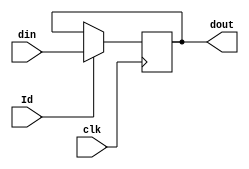
/*
  * Simulation of a multiplier using data path and controller.
  * Simulated By :- Satyam Kumar <satyamkumar4@acm.org>
  * Repo :- verilog [MIT LICENSE]
*/

module PIP01 (dout, din, clk, Id);
	input [15:0] din;
	input clk, Id;
	output reg[15:0] dout;
	always @(posedge clk)
		if(Id)
			dout <= din;
endmodule
module PIP02 (dout, din, Id, clr, clk);
	input [15:0] din;
        input clk, Id, clr;
        output reg[15:0] dout;
        always @(posedge clk)
                if(Id)
                        dout <= din;
		else if(clr)
			dout <= 16'b0;
endmodule
module ADD(out, in1, in2);
	input [15:0] in1, in2;
	output reg [15:0] out;
	always @(*)
		out = in1 + in2;
endmodule
module EQZ(eqz, data);
	input [15:0] data;
	output eqz;
	assign eqz= ( data==0 );
endmodule
module CNTR (dout, din, Id, dec, clk);
	input [15:0] din;
	input Id, clk, dec;
	output reg [15:0] dout;
	always @(posedge clk)
		if(Id)
			dout <= din - 1;
		else if(dec)
			dout <= dout-1;
endmodule
module controller (lda, ldb, ldp, clrp, decb, done, clk, eqz, start);
	input  clk, eqz, start;
	output reg lda, ldb, ldp, clrp, decb, done;
	reg [2:0] state;
	parameter s0 = 3'b000, s1 = 3'b001, s2 = 3'b010, s3 = 3'b011, s4 = 3'b100;
	always @(posedge clk)
	begin
		case(state)
			s0: if(start) state <= s1;
			s1: state <= s2;
			s2: state <= s3;
			s3: #2 if(eqz) state <= s4;
			s4: state <= s4;
			default: state <= s0;
		endcase
	end

	always @(state)
	begin
		case(state)
			s0: begin #1 lda =0; ldb = 0; ldp = 0; clrp =0; decb =0; done = 0; end
			s1: begin #1 lda =1;end
			s2: begin #1 lda =0; ldb = 1; clrp = 1; end
			s3: begin #1 ldb=0; ldp =1; clrp= 0; decb=1; end
			s4: begin #1 done =1; ldb =0; ldp = 0; decb =0; end
			default: begin #1 lda = 0; ldb = 0; ldp = 0; clrp = 0; decb = 0; end
		endcase
	end
endmodule

module mul_data(eqz, lda, ldb, ldp, clrp, decb, data_in, clk);
	input lda, ldb, ldp, clrp, decb, clk;
	input [15:0] data_in;
	output eqz;
	wire [15:0] x, y, z, bout, bus;
	assign bus = data_in;
	//assign x  = data_in;

	PIP01 A(x, bus, lda, clk);
	PIP02 P(y, z, ldp, clrp, clk);
	CNTR B(bout, bus, ldb, decb, clk);
	ADD AD(z, x, y);
	EQZ COMP(eqz, bout);
endmodule

module mul_test;
	reg [15:0] data_in;
	reg clk, start;
	wire done;

	mul_data dp(eqz, lda, ldb, ldp, clrp, decb, data_in, clk);
	controller con(lda, ldb, ldp, clrp, decb, done, clk, eqz, start);
	initial
	begin
		clk = 1'b0;
		#3 start = 1'b1;
		#500 $finish;
	end
	always #5 clk = ~clk;
	initial
	begin
		#14 data_in = 17; 
		
		#13 data_in = 5;
	end

	initial
	begin
		$monitor ($time,"  x: %b  , y: %d   , z: %d Status: %b ",dp.x, dp.y, dp.z, done);
		$dumpfile("mul.vcd");
		$dumpvars(0,mul_test);
	end
endmodule